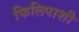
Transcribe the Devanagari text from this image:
फिलिपाशी